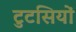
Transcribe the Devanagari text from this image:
टुटसियों